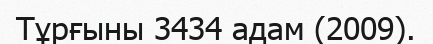
Тұрғыны 3434 адам (2009).